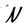
Character: N